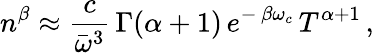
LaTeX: n^{\beta}\approx\frac{c}{\bar{\omega}^{3}}\, \Gamma(\alpha+1)\, e^{-\, \beta\omega_{c}}\, T^{\alpha+1}\, ,